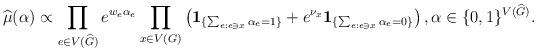
LaTeX: \begin{align*}\widehat \mu( \alpha) \propto \prod_{e \in V(\widehat G) } e^{ w_e \alpha_e}\prod_{x\in V(G)} \left(\mathbf{1}_{\{\sum_{e: e\ni x} \alpha_e = 1\}} + e^{\nu_x} \mathbf{1}_{\{\sum_{e: e\ni x} \alpha_e = 0\}}\right), \alpha \in \{0, 1\}^{V(\widehat G)}.\end{align*}